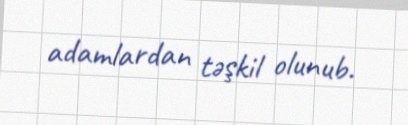
adamlardan təşkil olunub.